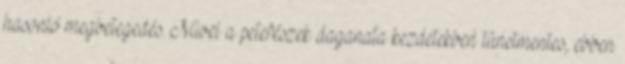
hasonló megbetegedés. Mivel a petefészek daganata kezdetekben tünetmentes, ebben